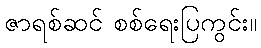
ဇာရစ်ဆင် စစ်ရေးပြကွင်း။